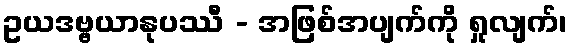
ဥယဒဗ္ဗယာနုပဿီ - အဖြစ်အပျက်ကို ရှုလျက်၊